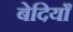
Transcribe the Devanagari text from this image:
बेदियाँ